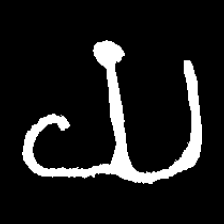
Pyu character \u2014 Myanmar letter: ယ (romanized: ya)